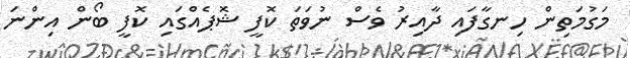
މަގުމަތިން ހިނގާފައި ދާއިރު ވެސް ނުވަތަ ކޮފީ ޝޮޕެއްގައި ކޮފީ ބޯން އިންނަ